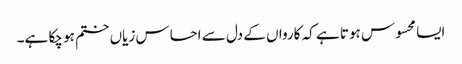
ایسا محسوس ہوتا ہے کہ کارواں کے دل سے احساس زیاں ختم ہو چکا ہے۔